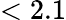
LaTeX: <2.1